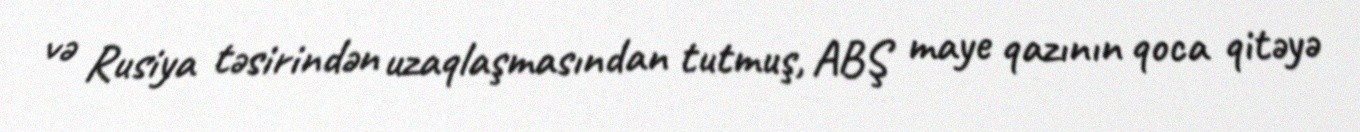
və Rusiya təsirindən uzaqlaşmasından tutmuş, ABŞ maye qazının qoca qitəyə